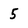
Character: 5